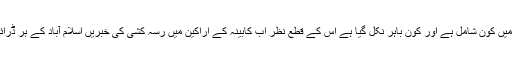
عمران کی کچن کابینہ میں کون شامل ہے اور کون باہر نکل گیا ہے اس کے قطع نظر اب کابینہ کے اراکین میں رسہ کشی کی خبریں اسلام آباد کے ہر ڈرائنگ روم کی زینت ہیں۔